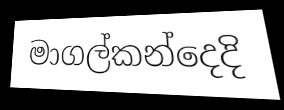
මාගල්කන්දෙදි